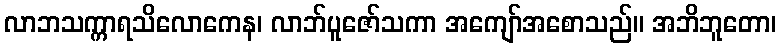
လာဘသက္ကာရသိလောကေန၊ လာဘ်ပူဇော်သကာ အကျော်အစောသည်။ အဘိဘူတော၊